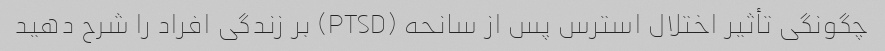
چگونگی تأثیر اختلال استرس پس از سانحه (PTSD) بر زندگی افراد را شرح دهید